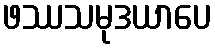
ဖဿသမုဒယာပေ